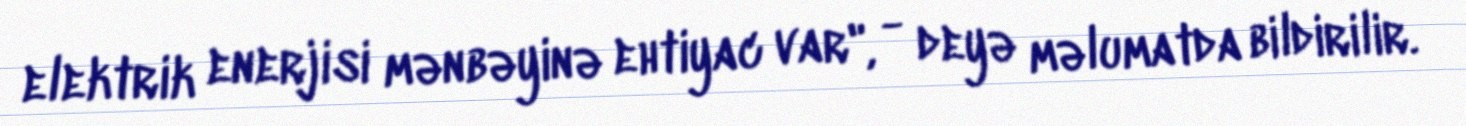
elektrik enerjisi mənbəyinə ehtiyac var", - deyə məlumatda bildirilir.